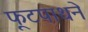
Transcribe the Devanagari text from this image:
फूटपाथने